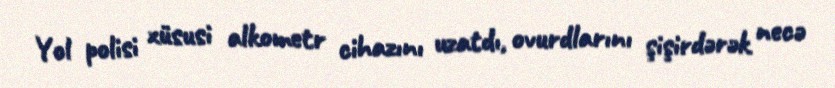
Yol polisi xüsusi alkometr cihazını uzatdı, ovurdlarını şişirdərək necə